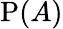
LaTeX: \mathrm{P}(A)